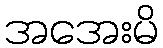
အအေးမိ